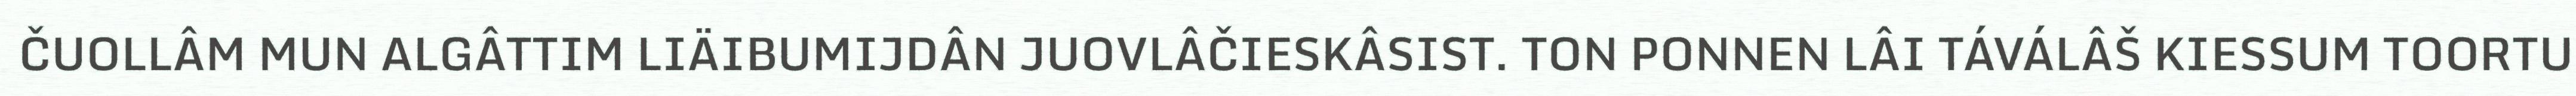
ČUOLLÂM MUN ALGÂTTIM LIÄIBUMIJDÂN JUOVLÂČIESKÂSIST. TON PONNEN LÂI TÁVÁLÂŠ KIESSUM TOORTU